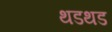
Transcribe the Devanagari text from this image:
थडथड